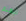
ليهتم